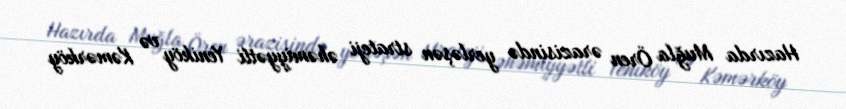
Hazırda Muğla Ören ərazisində yerləşən strateji əhəmiyyətli Yeniköy və Kəmərköy